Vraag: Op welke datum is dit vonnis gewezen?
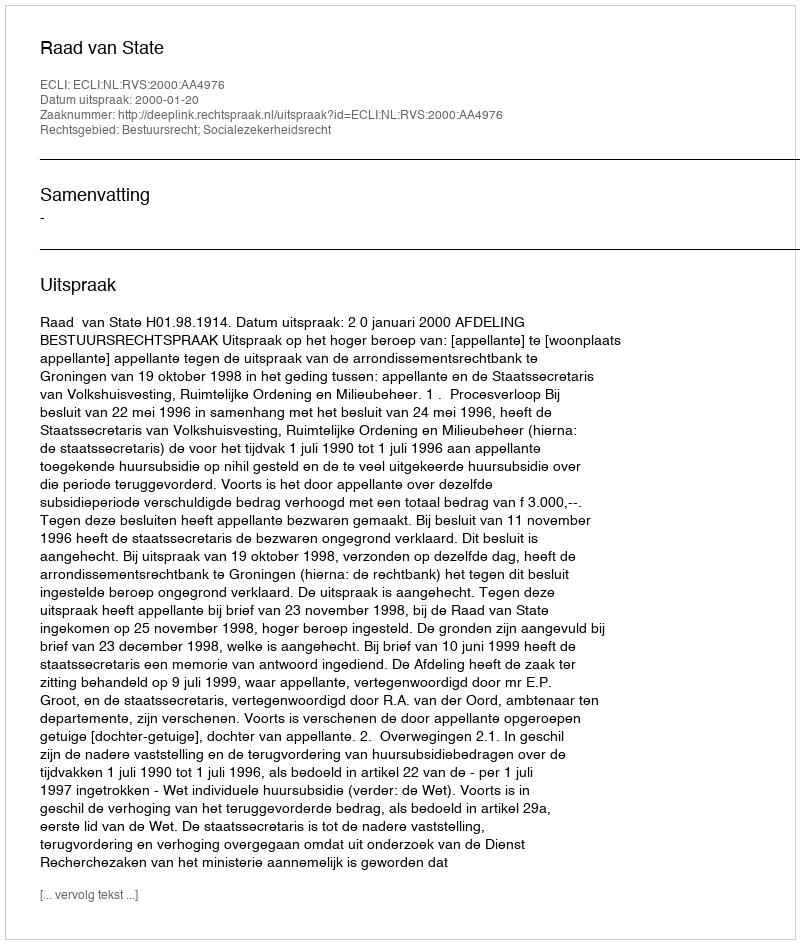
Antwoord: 2000-01-20